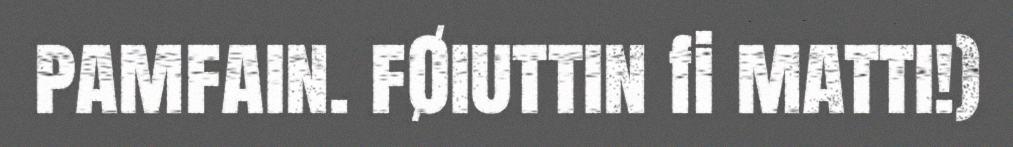
pamfain. fØiuttin fi matti!)